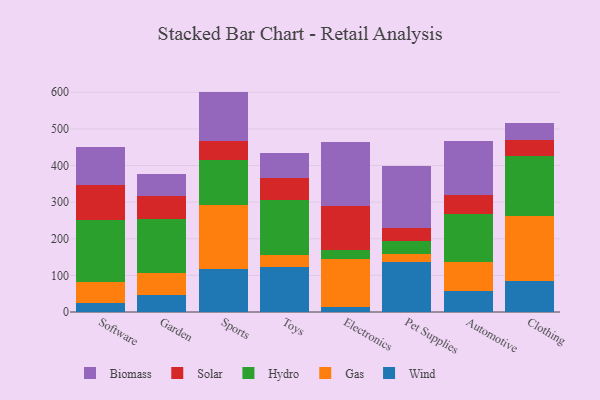
{"axis": {"x": "Category", "y": "Net Income (USD K)"}, "legend": ["Biomass", "Gas", "Hydro", "Solar", "Wind"], "data": [{"x": "Software", "y": 25.6, "type": "Wind"}, {"x": "Software", "y": 56.2, "type": "Gas"}, {"x": "Software", "y": 168.4, "type": "Hydro"}, {"x": "Software", "y": 97.3, "type": "Solar"}, {"x": "Software", "y": 103.3, "type": "Biomass"}, {"x": "Garden", "y": 46.9, "type": "Wind"}, {"x": "Garden", "y": 58.8, "type": "Gas"}, {"x": "Garden", "y": 148.8, "type": "Hydro"}, {"x": "Garden", "y": 63.6, "type": "Solar"}, {"x": "Garden", "y": 58.1, "type": "Biomass"}, {"x": "Sports", "y": 117.2, "type": "Wind"}, {"x": "Sports", "y": 175.9, "type": "Gas"}, {"x": "Sports", "y": 122.3, "type": "Hydro"}, {"x": "Sports", "y": 52.4, "type": "Solar"}, {"x": "Sports", "y": 134.0, "type": "Biomass"}, {"x": "Toys", "y": 122.6, "type": "Wind"}, {"x": "Toys", "y": 32.6, "type": "Gas"}, {"x": "Toys", "y": 151.0, "type": "Hydro"}, {"x": "Toys", "y": 59.8, "type": "Solar"}, {"x": "Toys", "y": 69.2, "type": "Biomass"}, {"x": "Electronics", "y": 15.0, "type": "Wind"}, {"x": "Electronics", "y": 130.1, "type": "Gas"}, {"x": "Electronics", "y": 25.1, "type": "Hydro"}, {"x": "Electronics", "y": 120.4, "type": "Solar"}, {"x": "Electronics", "y": 174.3, "type": "Biomass"}, {"x": "Pet Supplies", "y": 135.8, "type": "Wind"}, {"x": "Pet Supplies", "y": 22.8, "type": "Gas"}, {"x": "Pet Supplies", "y": 36.6, "type": "Hydro"}, {"x": "Pet Supplies", "y": 34.2, "type": "Solar"}, {"x": "Pet Supplies", "y": 169.8, "type": "Biomass"}, {"x": "Automotive", "y": 58.2, "type": "Wind"}, {"x": "Automotive", "y": 77.2, "type": "Gas"}, {"x": "Automotive", "y": 133.2, "type": "Hydro"}, {"x": "Automotive", "y": 50.6, "type": "Solar"}, {"x": "Automotive", "y": 147.9, "type": "Biomass"}, {"x": "Clothing", "y": 85.4, "type": "Wind"}, {"x": "Clothing", "y": 177.1, "type": "Gas"}, {"x": "Clothing", "y": 162.4, "type": "Hydro"}, {"x": "Clothing", "y": 45.8, "type": "Solar"}, {"x": "Clothing", "y": 45.4, "type": "Biomass"}]}